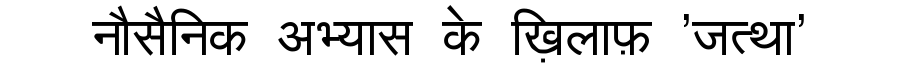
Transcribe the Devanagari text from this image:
नौसैनिक अभ्यास के ख़िलाफ़ 'जत्था'